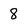
Character: 8